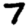
Digit: 7